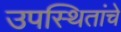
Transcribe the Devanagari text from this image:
उपस्थितांचे